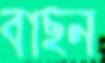
বাছন